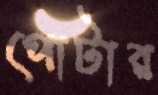
পোটার